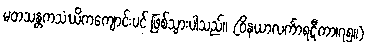
မတသန္တကသံဃိကကျောင်းပင် ဖြစ်သွားပါသည်။ (ဝိနယာလင်္ကာရဋီကာ၊၇၅။)